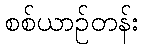
စစ်ယာဉ်တန်း